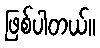
ဖြစ်ပါတယ်။